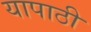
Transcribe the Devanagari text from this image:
यापाठी